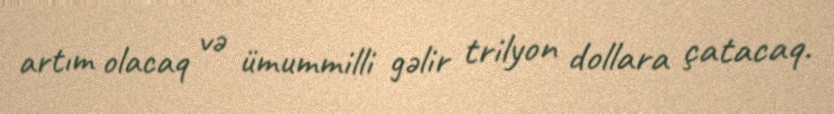
artım olacaq və ümummilli gəlir trilyon dollara çatacaq.